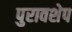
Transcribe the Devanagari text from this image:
पुरावशेप